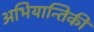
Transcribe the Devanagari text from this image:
अभियान्तिकी